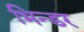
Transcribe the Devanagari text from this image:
भिन्डर